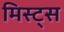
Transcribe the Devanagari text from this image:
मिस्ट्स